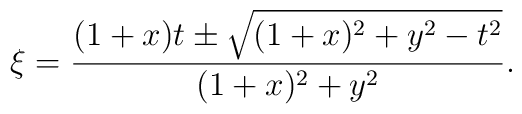
\xi=\frac{(1+x)t\pm \sqrt{(1+x)^2+y^2-t^2}}{(1+x)^2+y^2}.